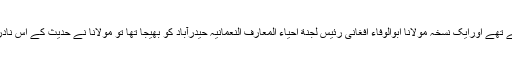
مولانا نے اس کے چند نسخے میرے پاس بمبئی بھیجے تھے اورایک نسخہ مولانا ابوالوفاء افغانی رئیس لجنة احیاء المعارف النعمانیہ حیدرآباد کو بھیجا تھا تو مولانا نے حدیث کے اس نادر و نایاب تحفہ پر بڑے والہانہ انداز میں شکریہ ادا کیا۔